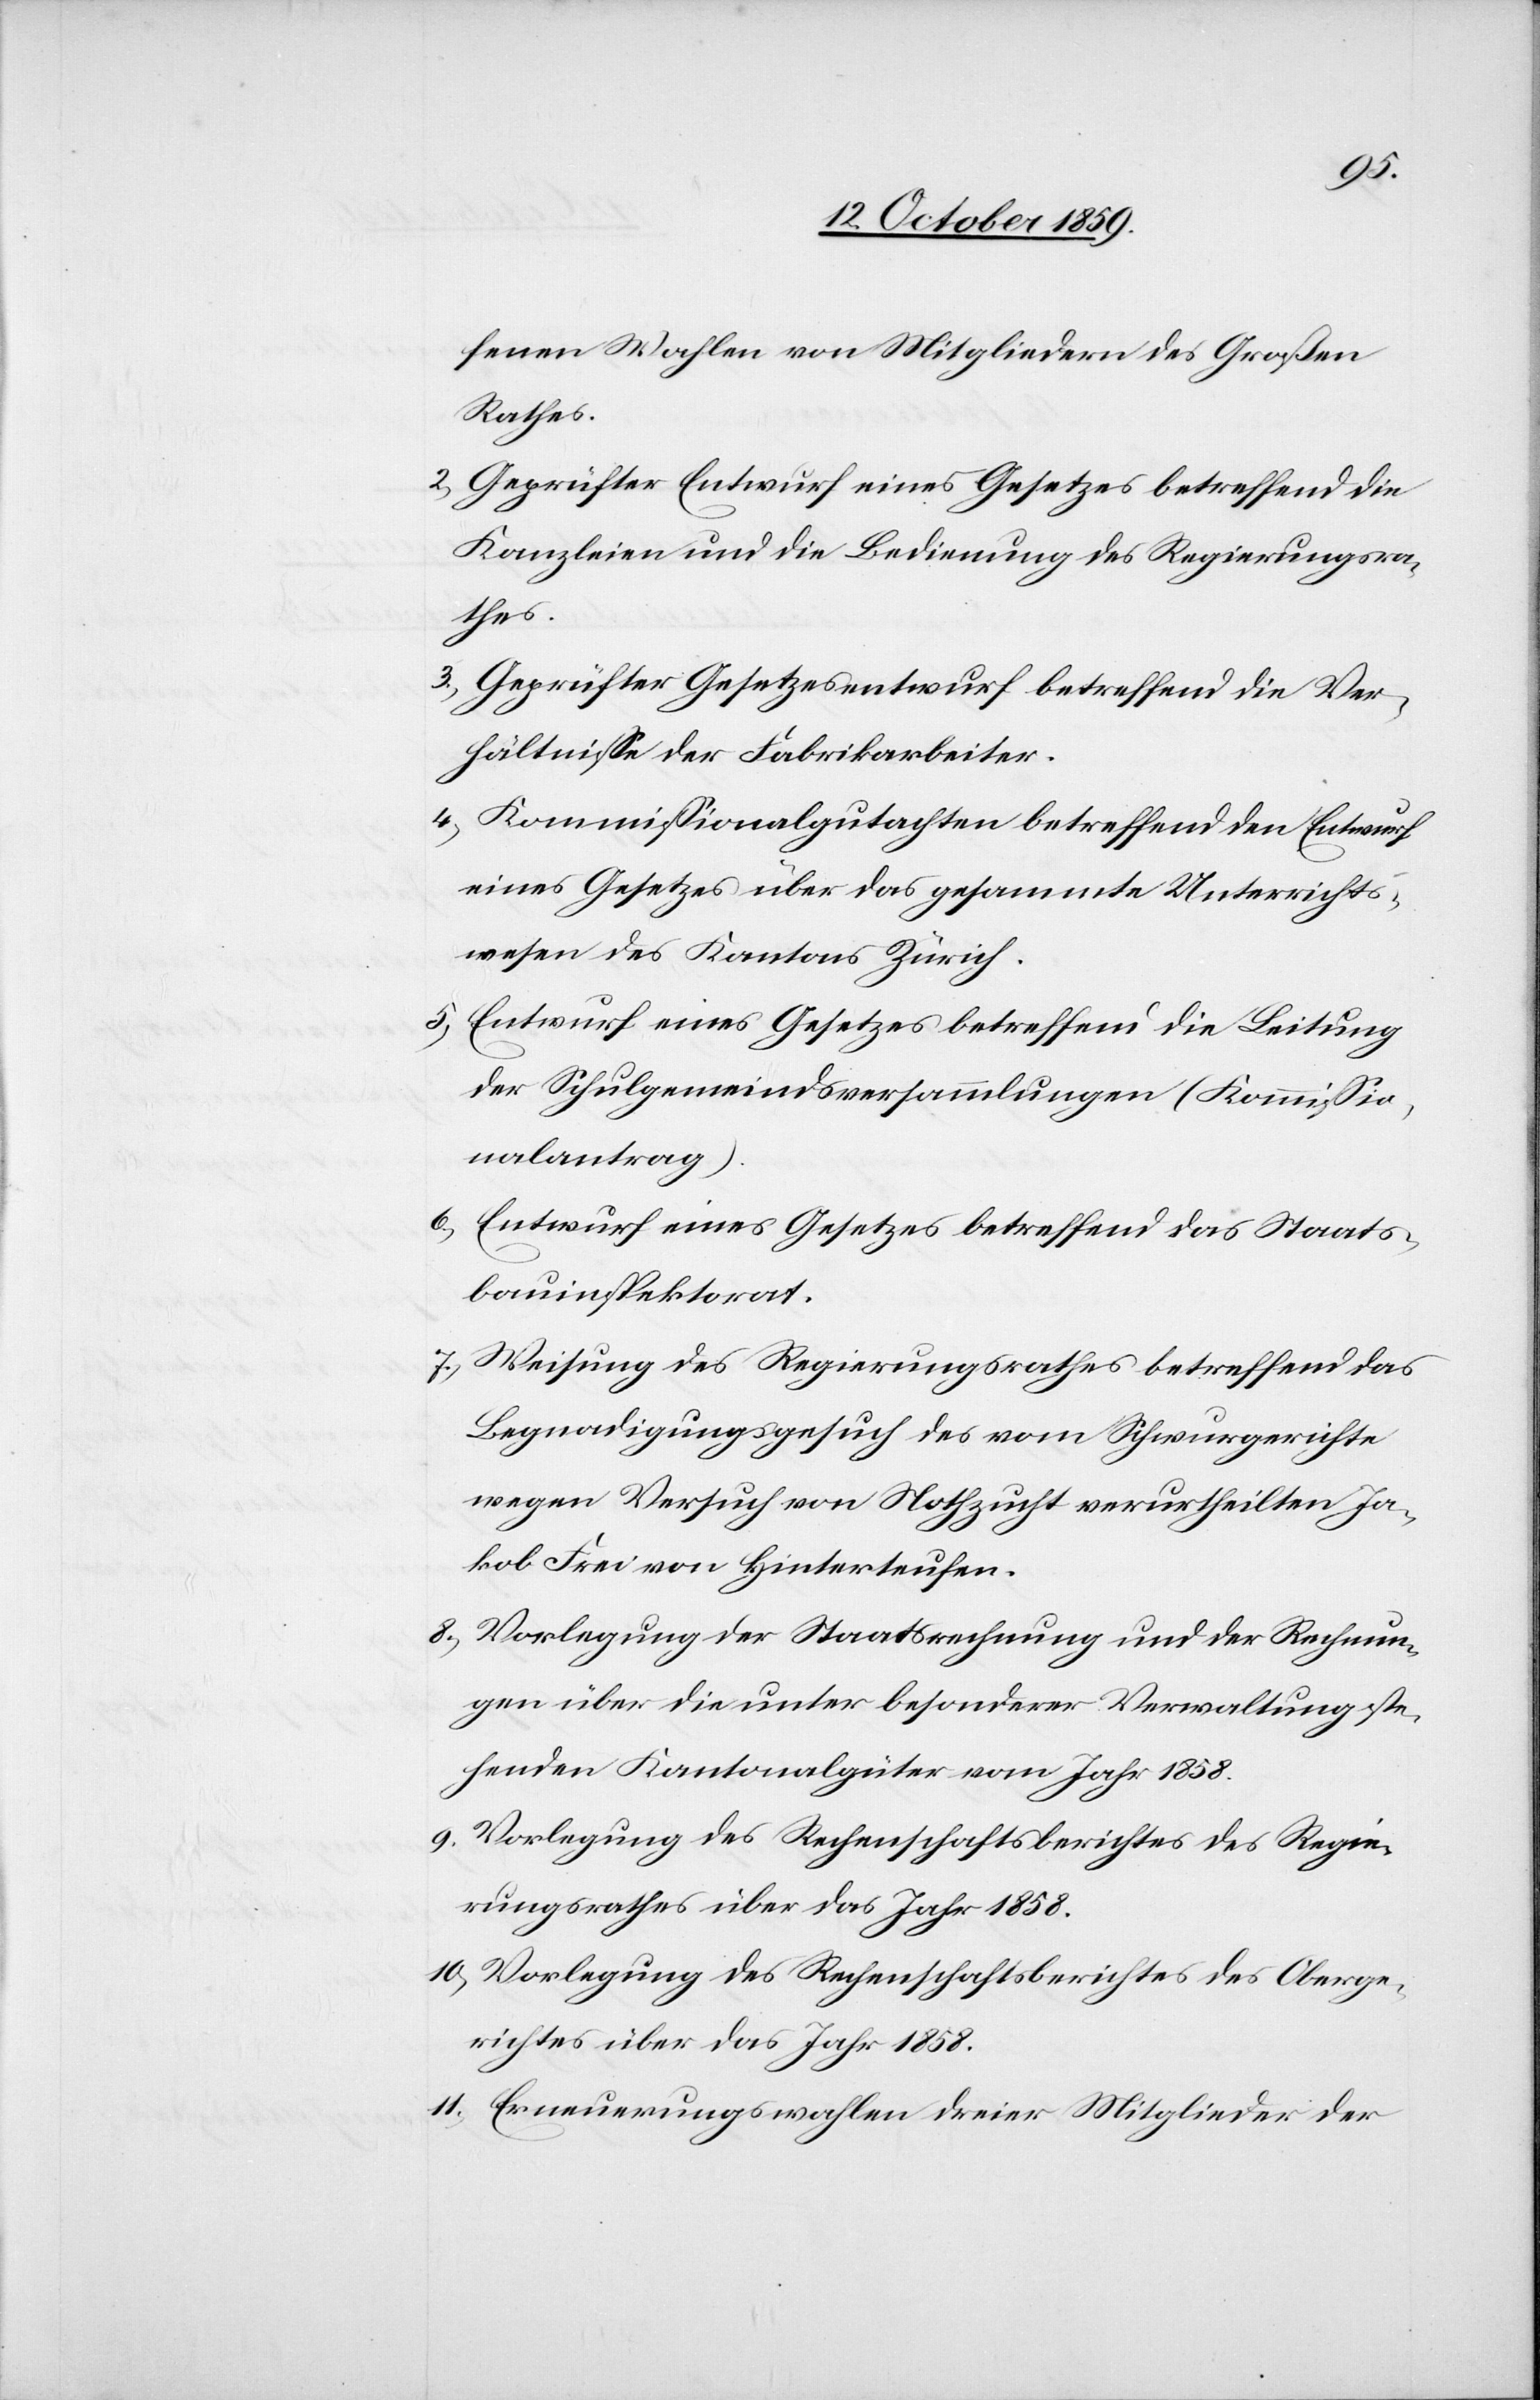
fenen Wahlen von Mitgliedern des Großen
Rathes.
2) Geprüfter Entwurf eines Gesetzes betreffend die
Kanzleien und die Bedienung des Regierungsra¬
thes.
3) Geprüfter Gesetzesentwurf betreffend die Ver¬
hältnisse der Fabrikarbeiter.
4) Kommissionalgutachten betreffend den Entwurf
eines Gesetzes über das gesammte Unterrichts¬
wesen des Kantons Zürich.
5) Entwurf eines Gesetzes betreffend die Leitung
der Schulgemeindsversammlungen (Kommissio¬
nalantrag).
6) Entwurf eines Gesetzes betreffend das Staats¬
bauinspektrorat.
7) Weisung des Regierungsrathes betreffend das
Begnadigungsgesuch des vom Schwurgerichte
wegen Versuch von Nothzucht verurtheilten Ja¬
kob Frei von Hinterteufen.
8) Vorlegung der Staatsrechnung und der Rechnun¬
gen über die unter besonderer Verwaltung ste¬
henden Kantonalgüter vom Jahr 1858.
9) Vorlegung des Rechenschaftsberichtes des Regie¬
rungsrathes über das Jahr 1858.
10) Vorlegung des Rechenschaftsberichtes des Oberge¬
richtes über das Jahr 1858.
11) Erneuerungswahlen dreier Mitglieder der